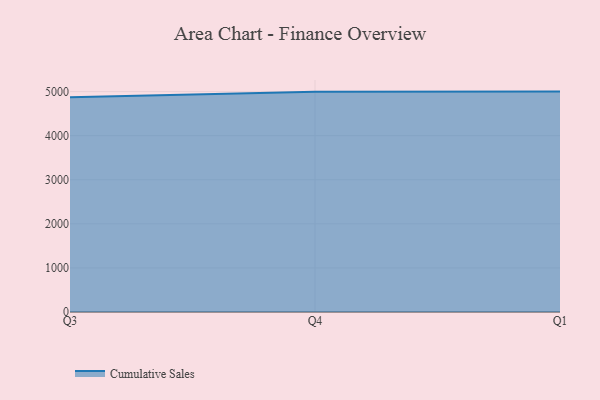
{"axis": {"x": "Quarter", "y": "Production Output"}, "legend": ["Cumulative Sales"], "data": [{"x": "Q3", "y": 4870.3, "type": "Cumulative Sales"}, {"x": "Q4", "y": 4995.7, "type": "Cumulative Sales"}, {"x": "Q1", "y": 5000, "type": "Cumulative Sales"}]}